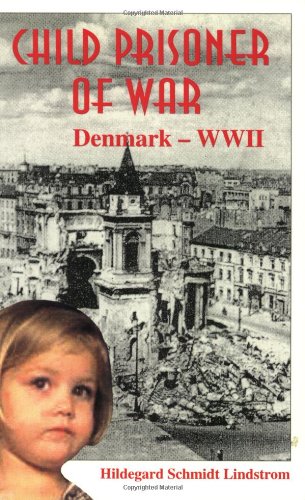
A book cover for Child Prisoner of War: Denmark-WWII; Hildegard Schmidt Lindstrom; Biographies & Memoirs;